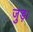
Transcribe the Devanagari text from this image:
जुड़।